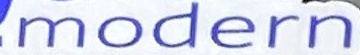
modern